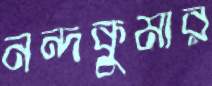
নন্দকুমার